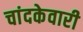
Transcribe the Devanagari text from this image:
चांदकेवारी